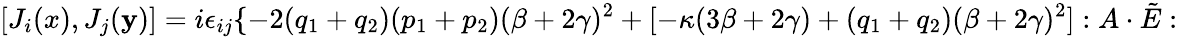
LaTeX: [J_{i}(x),J_{j}(\mathbf{y})]=i\epsilon_{ij}\{ -2(q_{1}+q_{2})(p_{1}+p_{2})(\beta+2\gamma)^{2}+[-\kappa(3\beta+2\gamma)+(q_{1}+q_{2})(\beta+2\gamma)^{2}]:A\cdot\tilde{{E}}: